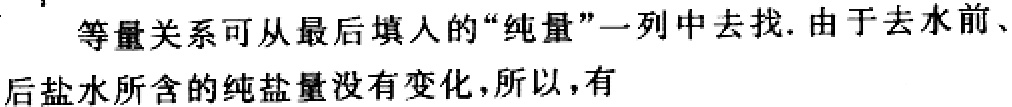
等量关系可从最后填入的“纯量”一列中去找. 由于去水前、后盐水所含的纯盐量没有变化，所以，有